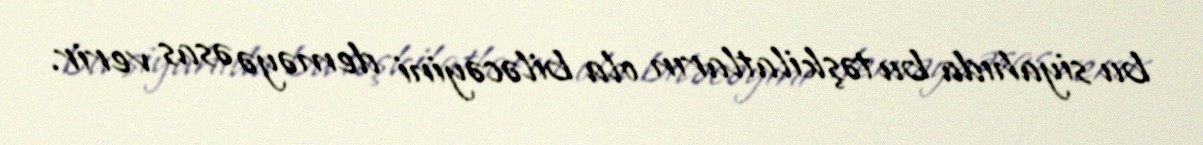
bu siyahıda bu təşkilatların ola biləcəyini deməyə əsas verir.